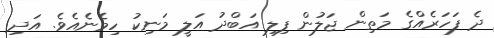
ދެ ފަހަރެއްގެ މަތިން ޖަލުން ފިލި އަބްދު އަލީ މަނިކު ހިމެނެއެވެ. އަދި